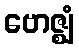
ဗောဇ္ဈံ